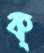
ক্